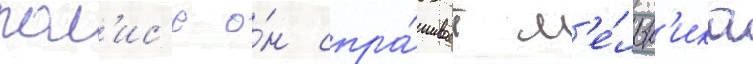
пол'ис'е о́н спра́шивает м'е́льн'ика